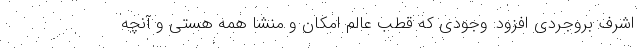
اشرف بروجردی افزود: وجودی که قطب عالم امکان و منشا همه هستی و آنچه